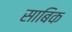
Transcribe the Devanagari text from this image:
साबिक